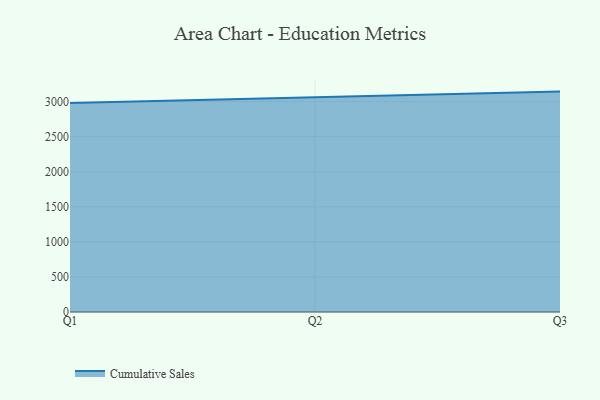
{"axis": {"x": "Quarter", "y": "LTV (USD)"}, "legend": ["Cumulative Sales"], "data": [{"x": "Q1", "y": 2978.4, "type": "Cumulative Sales"}, {"x": "Q2", "y": 3056.6, "type": "Cumulative Sales"}, {"x": "Q3", "y": 3141.8, "type": "Cumulative Sales"}]}